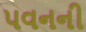
પવનની